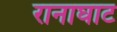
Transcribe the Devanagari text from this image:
रानाघाट